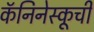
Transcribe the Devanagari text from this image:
कॅनिनेस्कूची